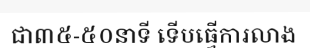
ជា៣៥-៥០នាទី ទើបធ្វើការលាង